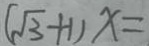
( \sqrt { 3 } + 1 ) x =